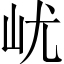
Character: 𡵔